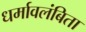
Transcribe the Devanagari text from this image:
धर्मावलंबिता